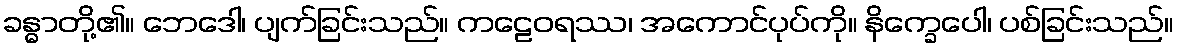
ခန္ဓာတို့၏။ ဘေဒေါ၊ ပျက်ခြင်းသည်။ ကဠေဝရဿ၊ အကောင်ပုပ်ကို။ နိက္ခေပေါ၊ ပစ်ခြင်းသည်။